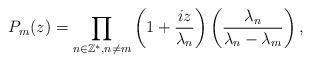
LaTeX: \begin{align*} P_m(z)=\displaystyle\prod_{n\in\mathbb{Z}^*, n\neq m}\left(1+\frac{iz}{\lambda_n}\right)\left(\frac{\lambda_n}{\lambda_n-\lambda_m}\right),\end{align*}